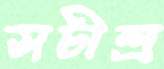
সচীন্দ্র